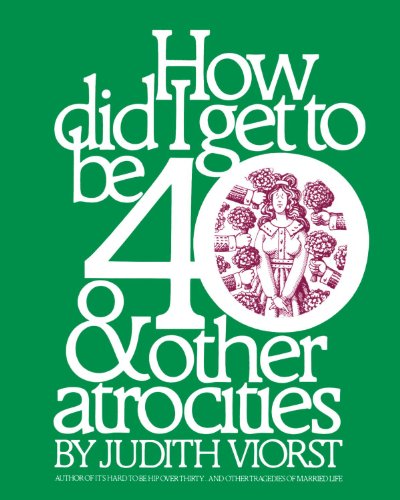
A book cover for How Did I Get to Be 40 & Other Atrocities; Judith Viorst; Humor & Entertainment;